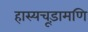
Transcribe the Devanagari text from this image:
हास्यचूड़ामणि